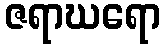
ဇရာဃရော